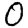
Digit: 0